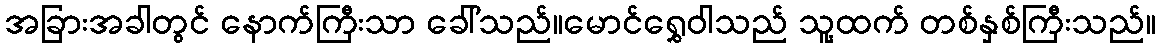
အခြားအခါတွင် နောက်ကြီးသာ ခေါ်သည်။မောင်ရွှေဝါသည် သူ့ထက် တစ်နှစ်ကြီးသည်။